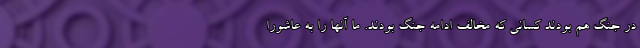
در جنگ هم بودند کسانی که مخالف ادامه جنگ بودند. ما آنها را به عاشورا